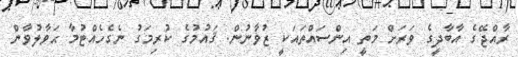
ރާއްޖޭގެ އާބާދީގެ ވަރަށް މަތީ އިންސައްތައަކީ ޒުވާނުން. ޤައުމުގެ ކުރިމަގު ނެގެހެއްޓުމާ ޙަވާލުވާން